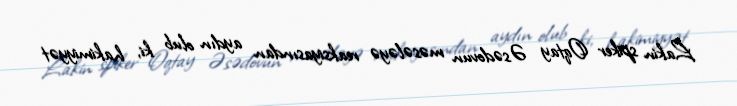
Lakin spiker Oqtay Əsədovun məsələyə reaksiyasından aydın olub ki, hakimiyyət